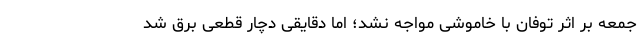
جمعه بر اثر توفان با خاموشی مواجه نشد؛ اما دقایقی دچار قطعی برق شد